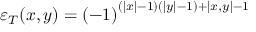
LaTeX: \varepsilon _ { T } ( x , y ) = \left( - 1 \right) ^ { \left( \left| x \right| - 1 \right) \left( \left| y \right| - 1 \right) + \left| x , y \right| - 1 }